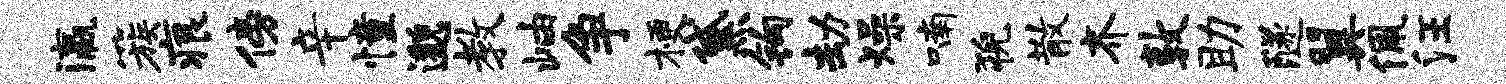
瀛簇痕傍辛憧邈教岫争梗黛钩劫燥喃猊散齐敦助隧翼佩汪